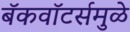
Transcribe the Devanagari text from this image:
बॅकवॉटर्समुळे